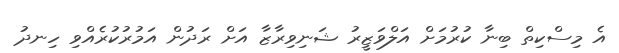
އެ މިސްކިތް ބިނާ ކުރުމަށް އަލްވަޒީރު ޝަނިވިރާޒާ އަށް ރަދުން އަމުރުކުރެއްވި ހިނދު